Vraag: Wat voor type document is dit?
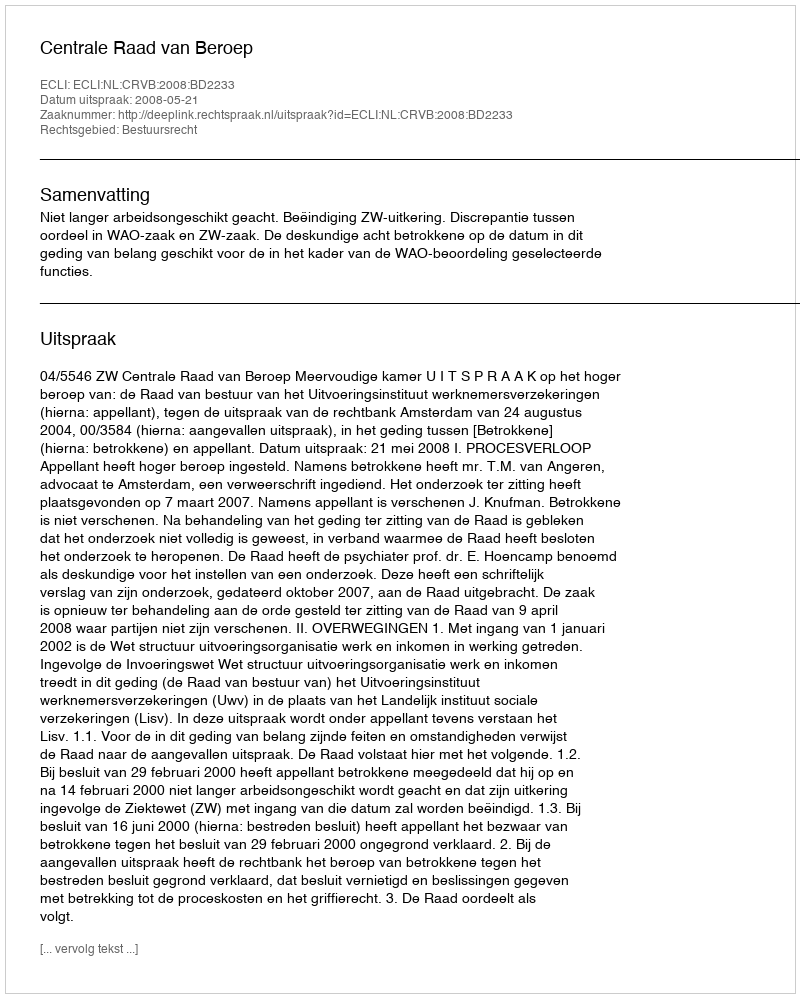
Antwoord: Uitspraak